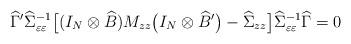
LaTeX: \begin{align*}\widehat\Gamma'\widehat\Sigma _{\varepsilon\varepsilon}^{-1}\bigl[(I_N\otimes\widehat B)M_{z z}\bigl(I_N\otimes\widehat B{}'\bigr)-\widehat\Sigma_{z z}\bigr]\widehat\Sigma_{\varepsilon\varepsilon}^{-1}\widehat\Gamma=0\end{align*}